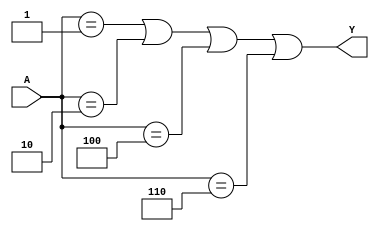
module combinational_logic (
    input wire [2:0] A,  // 3-bit input
    output wire Y        // Output
);

// Define the output based on the truth table with don't care conditions
// Let's assume the following truth table:
// A | Y
// 000 | 0
// 001 | 1
// 010 | 1
// 011 | 0
// 100 | 1
// 101 | X (Don't Care)
// 110 | 1
// 111 | X (Don't Care)

// The output Y can be simplified using the valid combinations
assign Y = (A == 3'b001) || (A == 3'b010) || (A == 3'b100) || (A == 3'b110);

endmodule